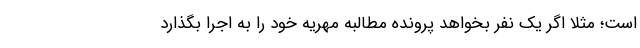
است؛ مثلا اگر یک نفر بخواهد پرونده مطالبه مهریه خود را به اجرا بگذارد